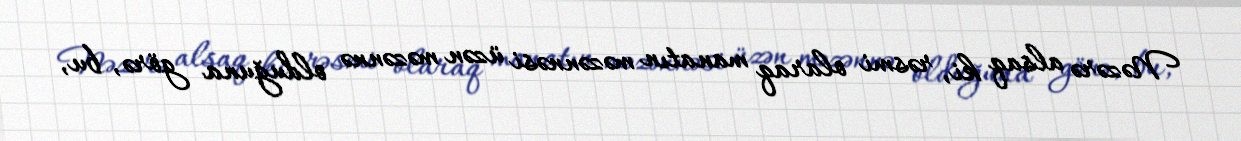
Nəzərə alsaq ki, rəsmi olaraq manatın məzənnəsi üzən məzənnə olduğuna görə, bu,